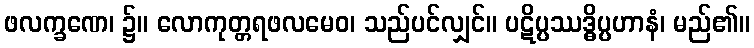
ဖလက္ခဏေ၊ ၌။ လောကုတ္တရဖလမေဝ၊ သည်ပင်လျှင်။ ပဋိပ္ပဿဒ္ဓိပ္ပဟာနံ၊ မည်၏။